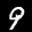
Label: 9